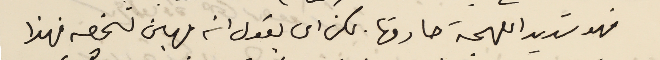
فهو شديد اللهجة حارقها. لكن ان يقول انه مهين لشخصه فهذا